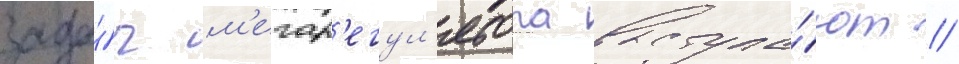
зада́ч м'егар'егул'ятора выступа́ют //